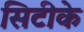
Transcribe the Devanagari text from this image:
सिटीके